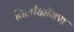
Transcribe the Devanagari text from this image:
विलीकॉक्स